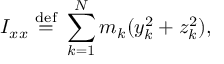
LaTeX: I _ { x x } \ { \stackrel { \mathrm { d e f } } { = } } \ \sum _ { k = 1 } ^ { N } m _ { k } ( y _ { k } ^ { 2 } + z _ { k } ^ { 2 } ) , \,